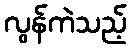
လွန်ကဲသည့်